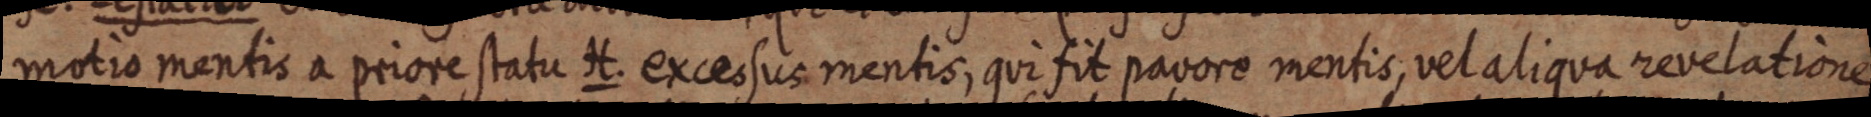
motio mentis a priore statu H. excessus mentis, qui fit pavore mentis, vel aliqua revelatione